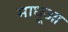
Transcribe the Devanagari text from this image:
माधूआ